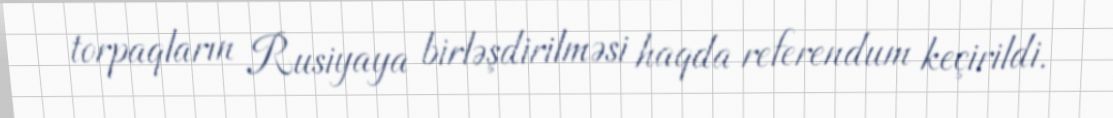
torpaqların Rusiyaya birləşdirilməsi haqda referendum keçirildi.